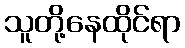
သူတို့နေထိုင်ရာ